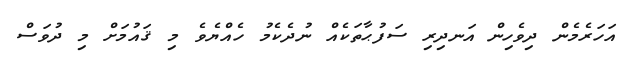
އަހަރެމެން ދިވެހިން އަނދިރި ސަފުޙާތަކެއް ނުދެކެމު ހެއްޔެވެ މި ޤައުމަށް މި ދުވަސް